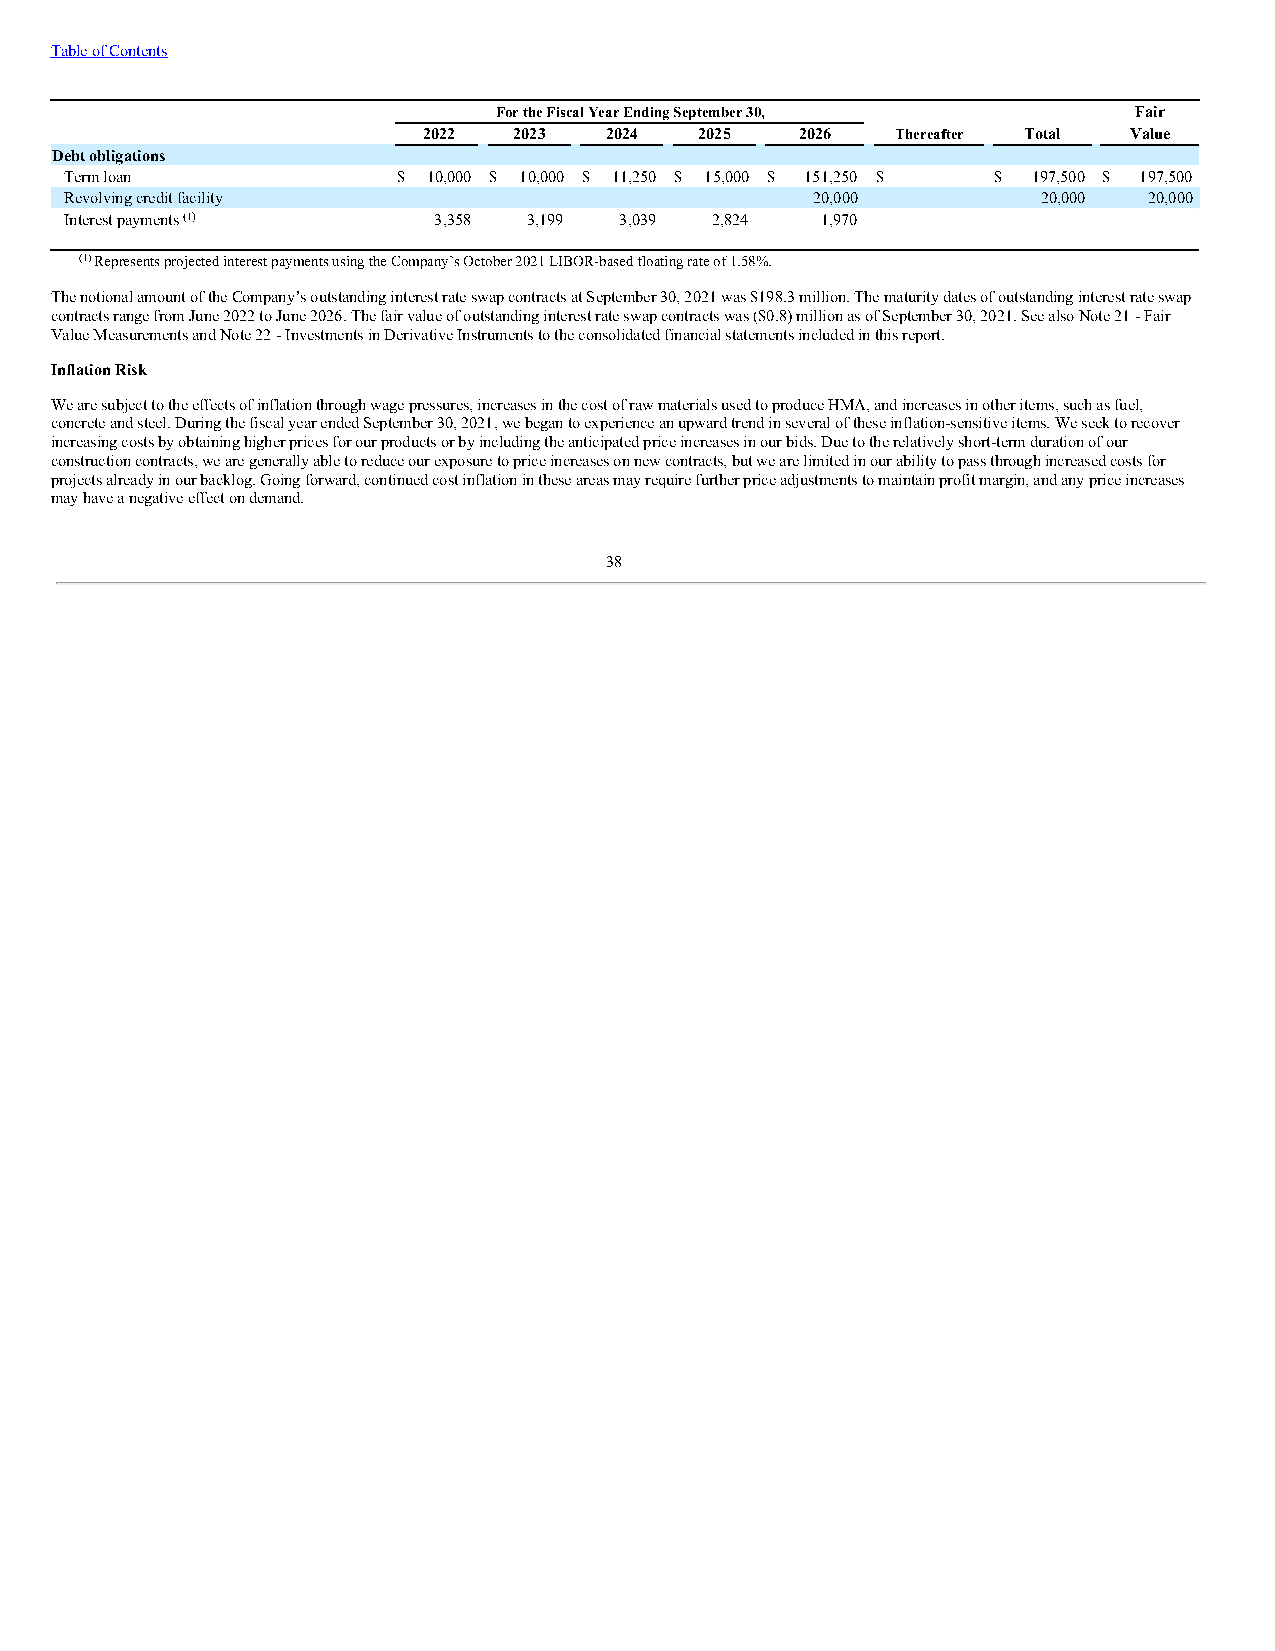
Table of Contents
 For the Fiscal Year Ending September 30,  Fair
 2022  2023  2024  2025   2026  Thereafter Total Value
 Debt obligations
 Term loan             $ 10,000 $ 10,000 $ 11,250 $ 15,000 $ 151,250 $ — $ 197,500 $ 197,500
 Revolving credit facility —     —     —      —    20,000   —     20,000 20,000
 Interest payments (1)    3,358 3,199 3,039 2,824  1,970    —
 (1) Represents projected interest payments using the Company’s October 2021 LIBOR-based floating rate of 1.58%.
 The notional amount of the Company’s outstanding interest rate swap contracts at September 30, 2021 was $198.3 million. The maturity dates of outstanding interest rate swap
 contracts range from June 2022 to June 2026. The fair value of outstanding interest rate swap contracts was ($0.8) million as of September 30, 2021. See also Note 21 - Fair
 Value Measurements and Note 22 - Investments in Derivative Instruments to the consolidated financial statements included in this report.
 Inflation Risk
 We are subject to the effects of inflation through wage pressures, increases in the cost of raw materials used to produce HMA, and increases in other items, such as fuel,
 concrete and steel. During the fiscal year ended September 30, 2021, we began to experience an upward trend in several of these inflation-sensitive items. We seek to recover
 increasing costs by obtaining higher prices for our products or by including the anticipated price increases in our bids. Due to the relatively short-term duration of our
 construction contracts, we are generally able to reduce our exposure to price increases on new contracts, but we are limited in our ability to pass through increased costs for
 projects already in our backlog. Going forward, continued cost inflation in these areas may require further price adjustments to maintain profit margin, and any price increases
 may have a negative effect on demand.
 38